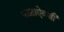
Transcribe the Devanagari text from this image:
फळाऐवजी